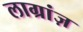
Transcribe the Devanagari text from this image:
लाग्रांज़